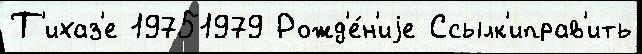
Т'ихаз'е 19751979 Рожд'е́н'иjе Ссылк'иправ'ить